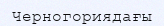
Черногориядағы